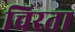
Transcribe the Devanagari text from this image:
चिरता